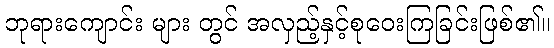
ဘုရားကျောင်း များ တွင် အလှည့်နှင့်စုဝေးကြခြင်းဖြစ်၏။